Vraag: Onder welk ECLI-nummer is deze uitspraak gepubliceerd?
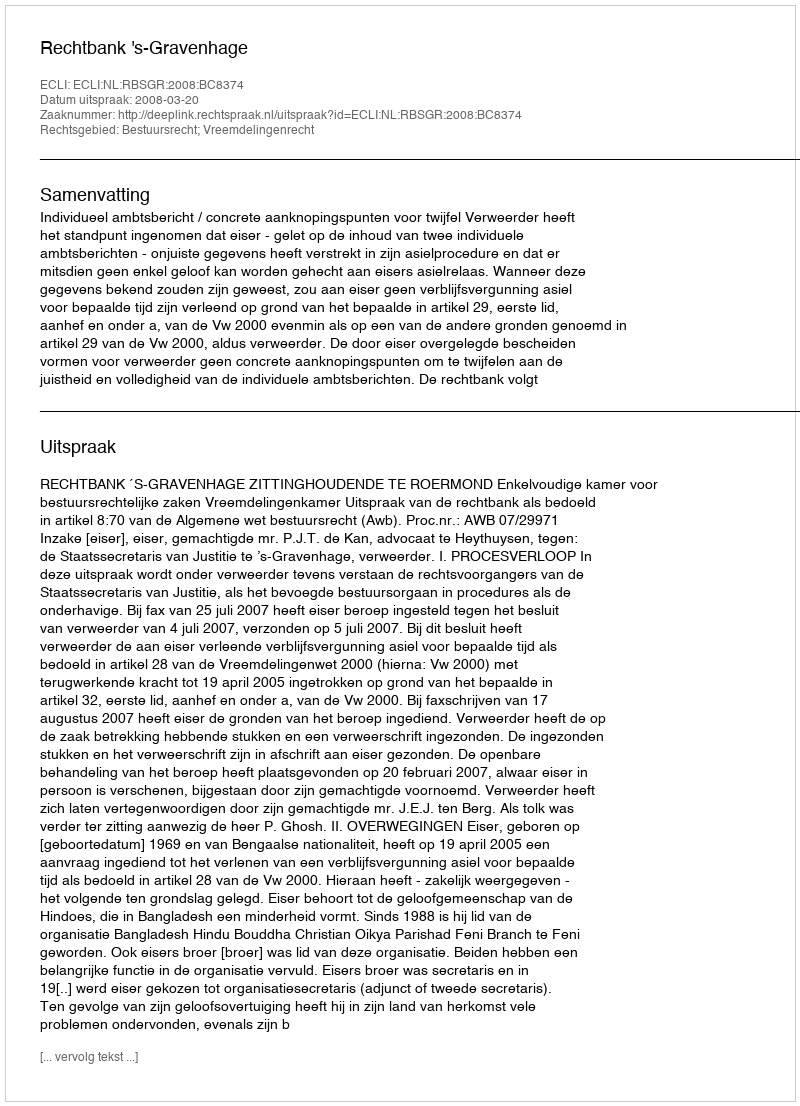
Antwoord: ECLI:NL:RBSGR:2008:BC8374